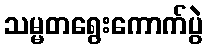
သမ္မတရွေးကောက်ပွဲ